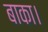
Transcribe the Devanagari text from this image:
बाका।